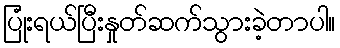
ပြုံးရယ်ပြီးနှုတ်ဆက်သွားခဲ့တာပါ။